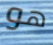
هو